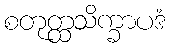
စတုတ္ထသိက္ခာပဒံ